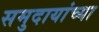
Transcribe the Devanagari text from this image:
समुदायांच्या